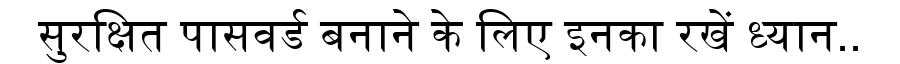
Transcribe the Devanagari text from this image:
सुरक्षित पासवर्ड बनाने के लिए इनका रखें ध्यान..